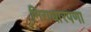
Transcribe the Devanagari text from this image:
निराधारपणा